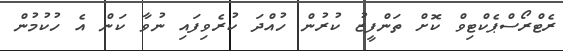
ރެޓްރޯސްޕެކްޓިވް ކޮށް ތަންފީޒު ކުރުން ހުއްދަ ކުރެވިފައި ނުވާ ކަން އެ ހުކުމުން